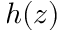
h ( z )